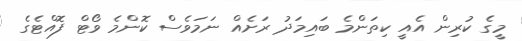
މީގެ ކުރިން އެއީ ކިތަންމެ ބައިމަދު ރަށެއް ނަމަވެސް ކޮންމެ ވޯޓް ފޮއްޓެގެ